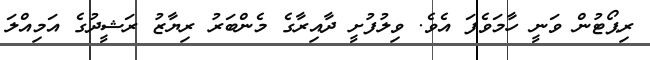
ރިޕޯޓުން ވަނީ ހާމަވެފަ އެވެ. ވިލުފުށީ ދާއިރާގެ މެންބަރު ރިޔާޒު ރަޝީދުގެ އަމިއްލަ